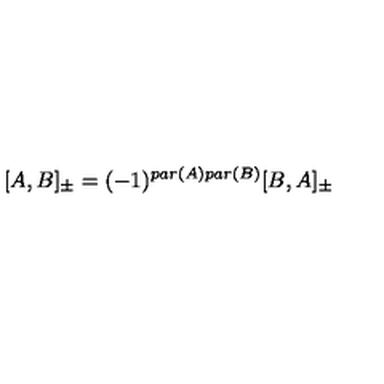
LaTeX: [ A , B ] _ { \pm } = ( - 1 ) ^ { p a r ( A ) p a r ( B ) } [ B , A ] _ { \pm }